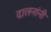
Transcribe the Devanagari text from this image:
दालनांनी